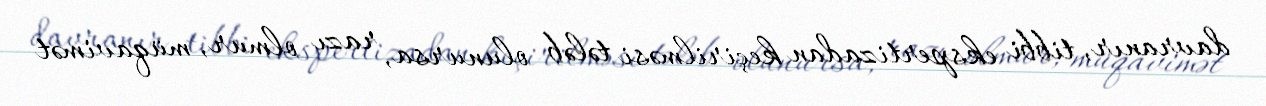
davranır, tibbi ekspertizadan keçirilməsi tələb olunursa, razı olmur, müqavimət